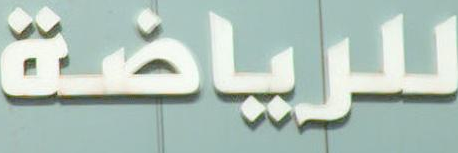
للرياضة